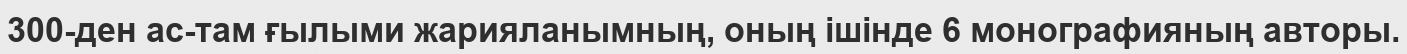
300-ден ас-там ғылыми жарияланымның, оның ішінде 6 монографияның авторы.